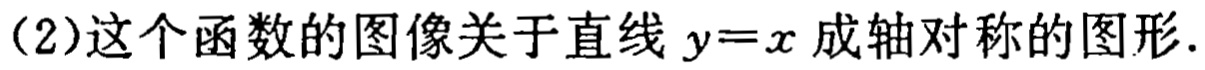
（2）这个函数的图像关于直线 \(y = x\) 成轴对称的图形.